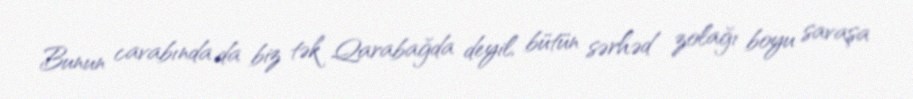
Bunun cavabında da biz tək Qarabağda deyil, bütün sərhəd zolağı boyu savaşa